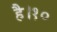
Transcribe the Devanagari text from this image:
है।१०